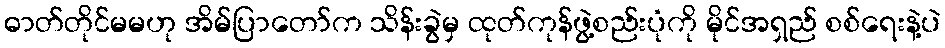
ဓာတ်တိုင်မမဟု အိမ်ပြာတော်က သိန်းခွဲမှ ထုတ်ကုန်ဖွဲ့စည်းပုံကို မိုင်အရှည် စစ်ရေးနဲ့ပဲ